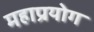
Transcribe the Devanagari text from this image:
महाप्रयोग